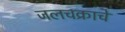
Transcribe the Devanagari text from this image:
जलचक्राचे